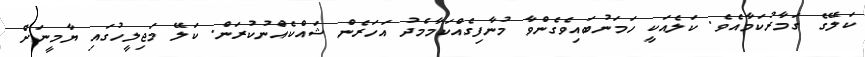
ކަލޭގެ ގަމާރުކަމާއެވެ. ކަލެއަކީ ހަމަނުބައިވެގެންވާ މުނާފިގެއްކަމާމެދު އަހަރެން ޝައްކެއްނުކުރަން. ކަލޭ މަޖިލީހުގައި ޔާމީނަށް